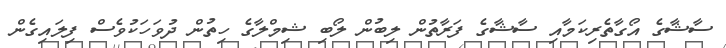
ސާޝާގެ އޯގާތެރިކަމާއި ސާޝާގެ ފަރާތުން ލިބުން ލޯބި ޝިމްލާގެ ހިތުން ދުވަހަކުވެސް ފިލައިގެން